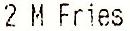
2 M FRIES